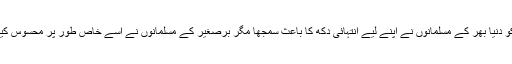
خلافتِ عثمانیہ کے خاتمے کو دنیا بھر کے مسلمانوں نے اپنے لیے انتہائی دکھ کا باعث سمجھا مگر برصغیر کے مسلمانوں نے اسے خاص طور پر محسوس کیا اور اپنا شدید نقصان سمجھا۔